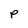
Character: P